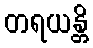
တရယန္တိ